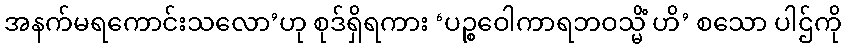
အနက်မရကောင်းသလော’ဟု စုဒ်ရှိရကား ‘ပဉ္စဝေါကာရဘဝသ္မိံ ဟိ’ စသော ပါဌ်ကို